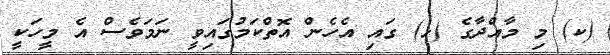
(ކ) މި މާއްދާގެ (ޅ) ގައި އެހެން އޮތްކަމުގައިވީ ނަމަވެސް އެ މީހަކީ